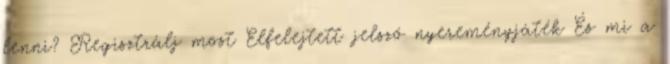
lenni? Regisztrálj most Elfelejtett jelszó nyereményjáték És mi a